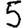
Digit: 5